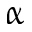
\upalpha